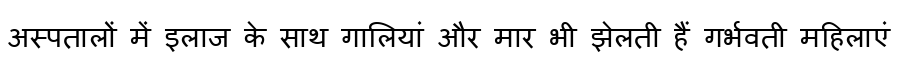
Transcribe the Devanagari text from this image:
अस्पतालों में इलाज के साथ गालियां और मार भी झेलती हैं गर्भवती महिलाएं